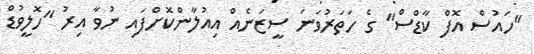
"ހައުސް އޮފް ކާޑްސް" ގެ ހަތަރުވަނަ ސީޒަނެއް އިއުލާންކޮށްފައި ނުވާ އިރު "ހޮލީވުޑް